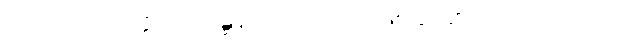
{၀၇} ကုသလုပ္ပတ္တိယာ၊ ဝိဝဋ္ဋနိဿိတကုသိုလ် ဖြစ်ခြင်း၏။ [၀၇] ဒုလ္လဘ [၀၁]